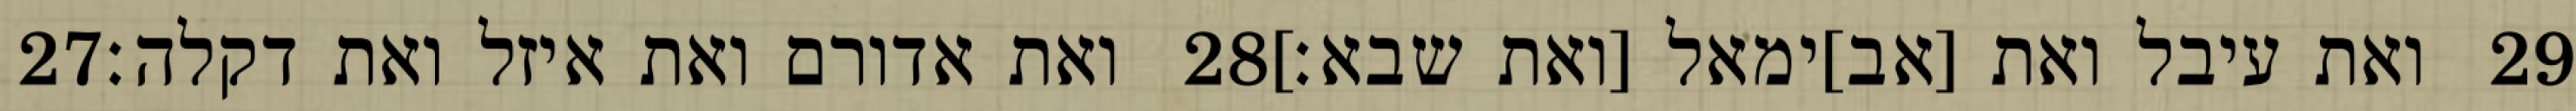
‎27‏ ואת אדורם ואת איזל ואת דקלה׃ ‎28‏ ואת עיבל ואת [אב]ימאל [ואת שבא׃] ‎29‏